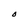
Character: 0